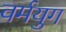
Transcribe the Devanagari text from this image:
वर्मयुग